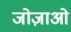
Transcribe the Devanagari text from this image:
जोज़ाओ